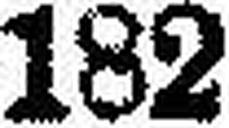
182